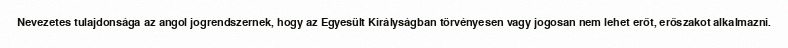
Nevezetes tulajdonsága az angol jogrendszernek, hogy az Egyesült Királyságban törvényesen vagy jogosan nem lehet erőt, erőszakot alkalmazni.